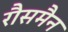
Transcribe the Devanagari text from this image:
रौसमैन